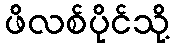
ဖိလစ်ပိုင်သို့